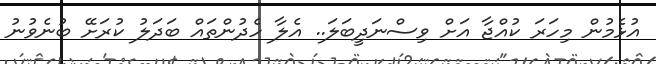
އުޅެމުން މިހަރަ ކުއްޖާ އަށް ވިސްނަދީބަލަ.. އެލާ ހެދުންތައް ބަދަލު ކުރަށޭ ބުނެވުނު